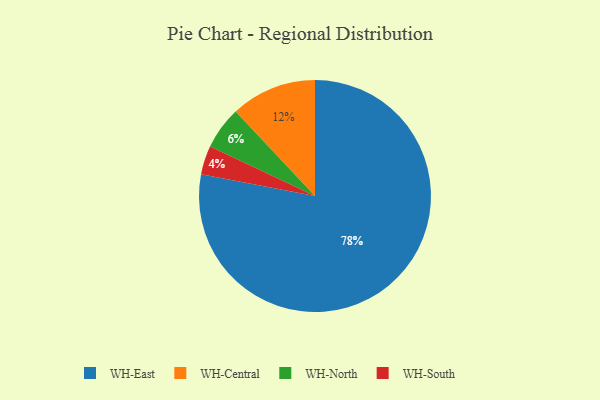
{"axis": {"x": "Category", "y": "Percentage"}, "legend": ["WH-Central", "WH-East", "WH-North", "WH-South"], "data": [{"x": "WH-North", "y": 6, "type": "WH-North"}, {"x": "WH-South", "y": 4, "type": "WH-South"}, {"x": "WH-East", "y": 78, "type": "WH-East"}, {"x": "WH-Central", "y": 12, "type": "WH-Central"}]}